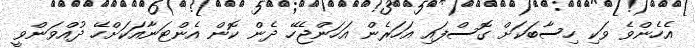
އެހެންވެ ވަކި ހިސާބަކަށް ގޮސްފައި އަހަރެން އަހަންޖެހޭ ދެން ކޮން އެންޓަނާއަކަށްހޭ ދުއްވަންވީ